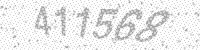
Solution: 411568